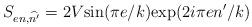
LaTeX: \begin{align*}S_{en,\widehat{n'}}=2V\mbox{sin}(\pi e/k)\mbox{exp}(2i\pi en'/k)\end{align*}